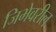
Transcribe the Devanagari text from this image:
जिभेवरील